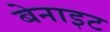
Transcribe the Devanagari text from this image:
बेनाइट